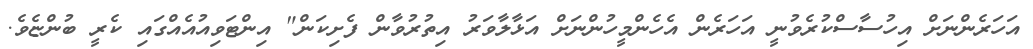
އަހަރެންނަށް އިހުސާސްކުރެވުނީ އަހަރެން އެހެންމީހުންނަށް އަޅާލާވަރު އިތުރުވާން ފެށިކަން" އިންޓަވިއުއެއްގައި ކެރީ ބުންޏެވެ.